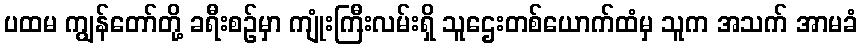
ပထမ ကျွန်တော်တို့ ခရီးစဉ်မှာ ကျုံးကြီးလမ်းရှိ သူဌေးတစ်ယောက်ထံမှ သူက အသက် အာမခံ